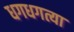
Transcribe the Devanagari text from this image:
धगधगत्या